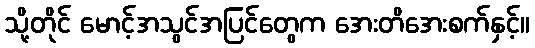
သို့တိုင် မောင့်အသွင်အပြင်တွေက အေးတိအေးစက်နှင့်။